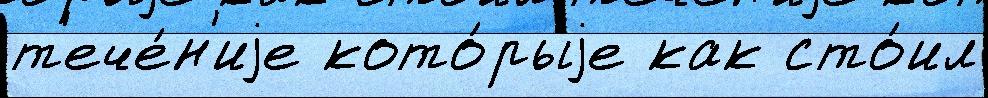
т'ече́н'иjе кото́рыjе как сто́ил